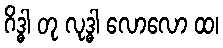
ဂိဒ္ဓါ တု လုဒ္ဓါ လောလော ထ၊